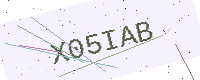
Text: X05IAB